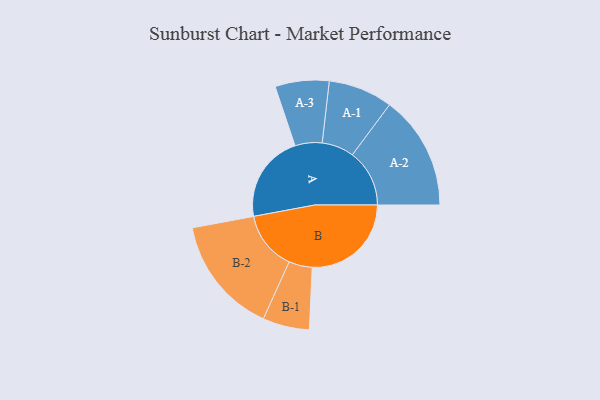
{"axis": {"x": "Segment", "y": "Value"}, "legend": ["", "A", "B"], "data": [{"x": "A", "y": 439, "type": ""}, {"x": "B", "y": 496, "type": ""}, {"x": "A-1", "y": 161, "type": "A"}, {"x": "A-2", "y": 286, "type": "A"}, {"x": "A-3", "y": 135, "type": "A"}, {"x": "B-1", "y": 117, "type": "B"}, {"x": "B-2", "y": 295, "type": "B"}]}